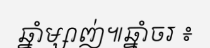
ឆ្នាំម្សាញ់៕ឆ្នាំចរ ៖